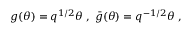
g ( \theta ) = q ^ { 1 / 2 } \theta \; , \; \bar { g } ( \theta ) = q ^ { - 1 / 2 } \theta \; ,